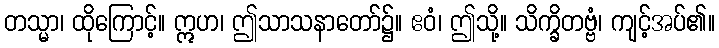
တသ္မာ၊ ထိုကြောင့်။ ဣဟ၊ ဤသာသနာတော်၌။ ဧဝံ၊ ဤသို့။ သိက္ခိတဗ္ဗံ၊ ကျင့်အပ်၏။